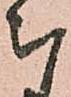
被